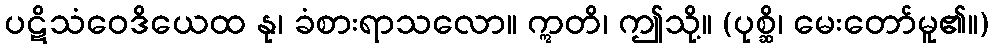
ပဋိသံဝေဒိယေထ နု၊ ခံစားရာသလော။ ဣတိ၊ ဤသို့။ (ပုစ္ဆိ၊ မေးတော်မူ၏။)